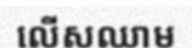
លើសឈាម